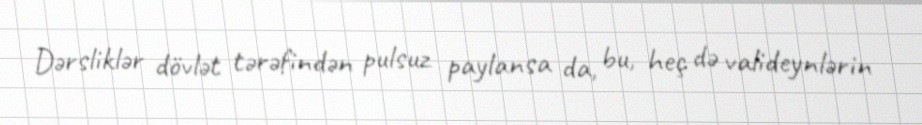
Dərsliklər dövlət tərəfindən pulsuz paylansa da, bu, heç də valideynlərin